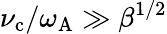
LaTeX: \nu_{\mathrm{c}}/\omega_{\mathrm{A}}\gg\beta^{1/2}